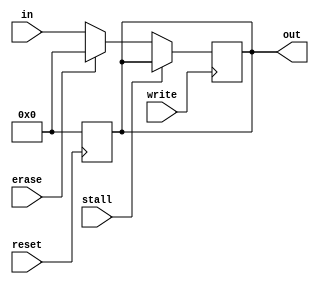
module FF #(parameter SIZE=32, RESET_VALUE=0)(
    input [SIZE-1:0] in,
    input write,
    input erase,
    input stall,
    input reset,
    output [SIZE-1:0] out);

    reg [SIZE-1:0] data;

    always @(posedge reset)
        data = RESET_VALUE;

    always @(posedge write)
        if(!stall)
        begin
            if (!erase)
                data = #1 in;
            else
                data = #1 RESET_VALUE;
        end

    assign out = data;

endmodule